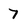
Character: 7